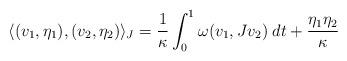
LaTeX: \begin{align*}\langle (v_1,\eta_1),(v_2,\eta_2)\rangle_{J}=\frac1\kappa\int_0^1\omega (v_1,Jv_2)\;dt+\frac{\eta_1\eta_2}\kappa\end{align*}